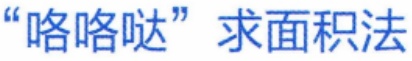
“咯咯哒”求面积法